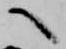
へ